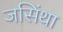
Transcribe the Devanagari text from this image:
जसिंथा